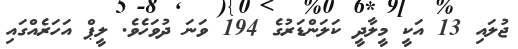
ޖުލައި 13 އަކީ މީލާދީ ކަލަންޑަރުގެ 194 ވަނަ ދުވަހެވެ. ލީޕް އަހަރެއްގައި